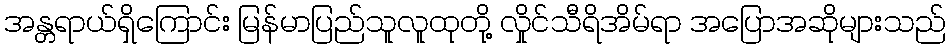
အန္တရာယ်ရှိကြောင်း မြန်မာပြည်သူလူထုတို့ လှိုင်သီရိအိမ်ရာ အပြောအဆိုများသည်